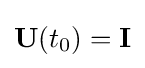
\mathbf {U} (t_{0})=\mathbf {I}